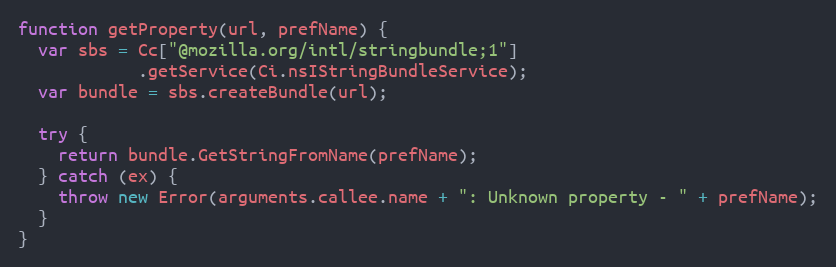
Language: JavaScript
function getProperty(url, prefName) {
  var sbs = Cc["@mozilla.org/intl/stringbundle;1"]
            .getService(Ci.nsIStringBundleService);
  var bundle = sbs.createBundle(url);

  try {
    return bundle.GetStringFromName(prefName);
  } catch (ex) {
    throw new Error(arguments.callee.name + ": Unknown property - " + prefName);
  }
}